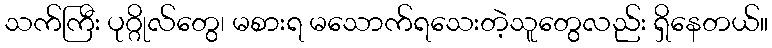
သက်ကြီး ပုဂ္ဂိုလ်တွေ၊ မစားရ မသောက်ရသေးတဲ့သူတွေလည်း ရှိနေတယ်။